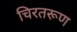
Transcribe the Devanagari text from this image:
चिरतरूण